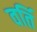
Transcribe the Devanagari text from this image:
वर्ति